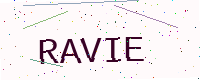
Text: RAVIE